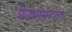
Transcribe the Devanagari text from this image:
ओबरामरगोउ